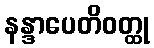
နန္ဒာပေတိဝတ္ထု